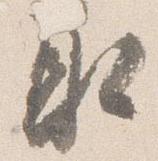
取